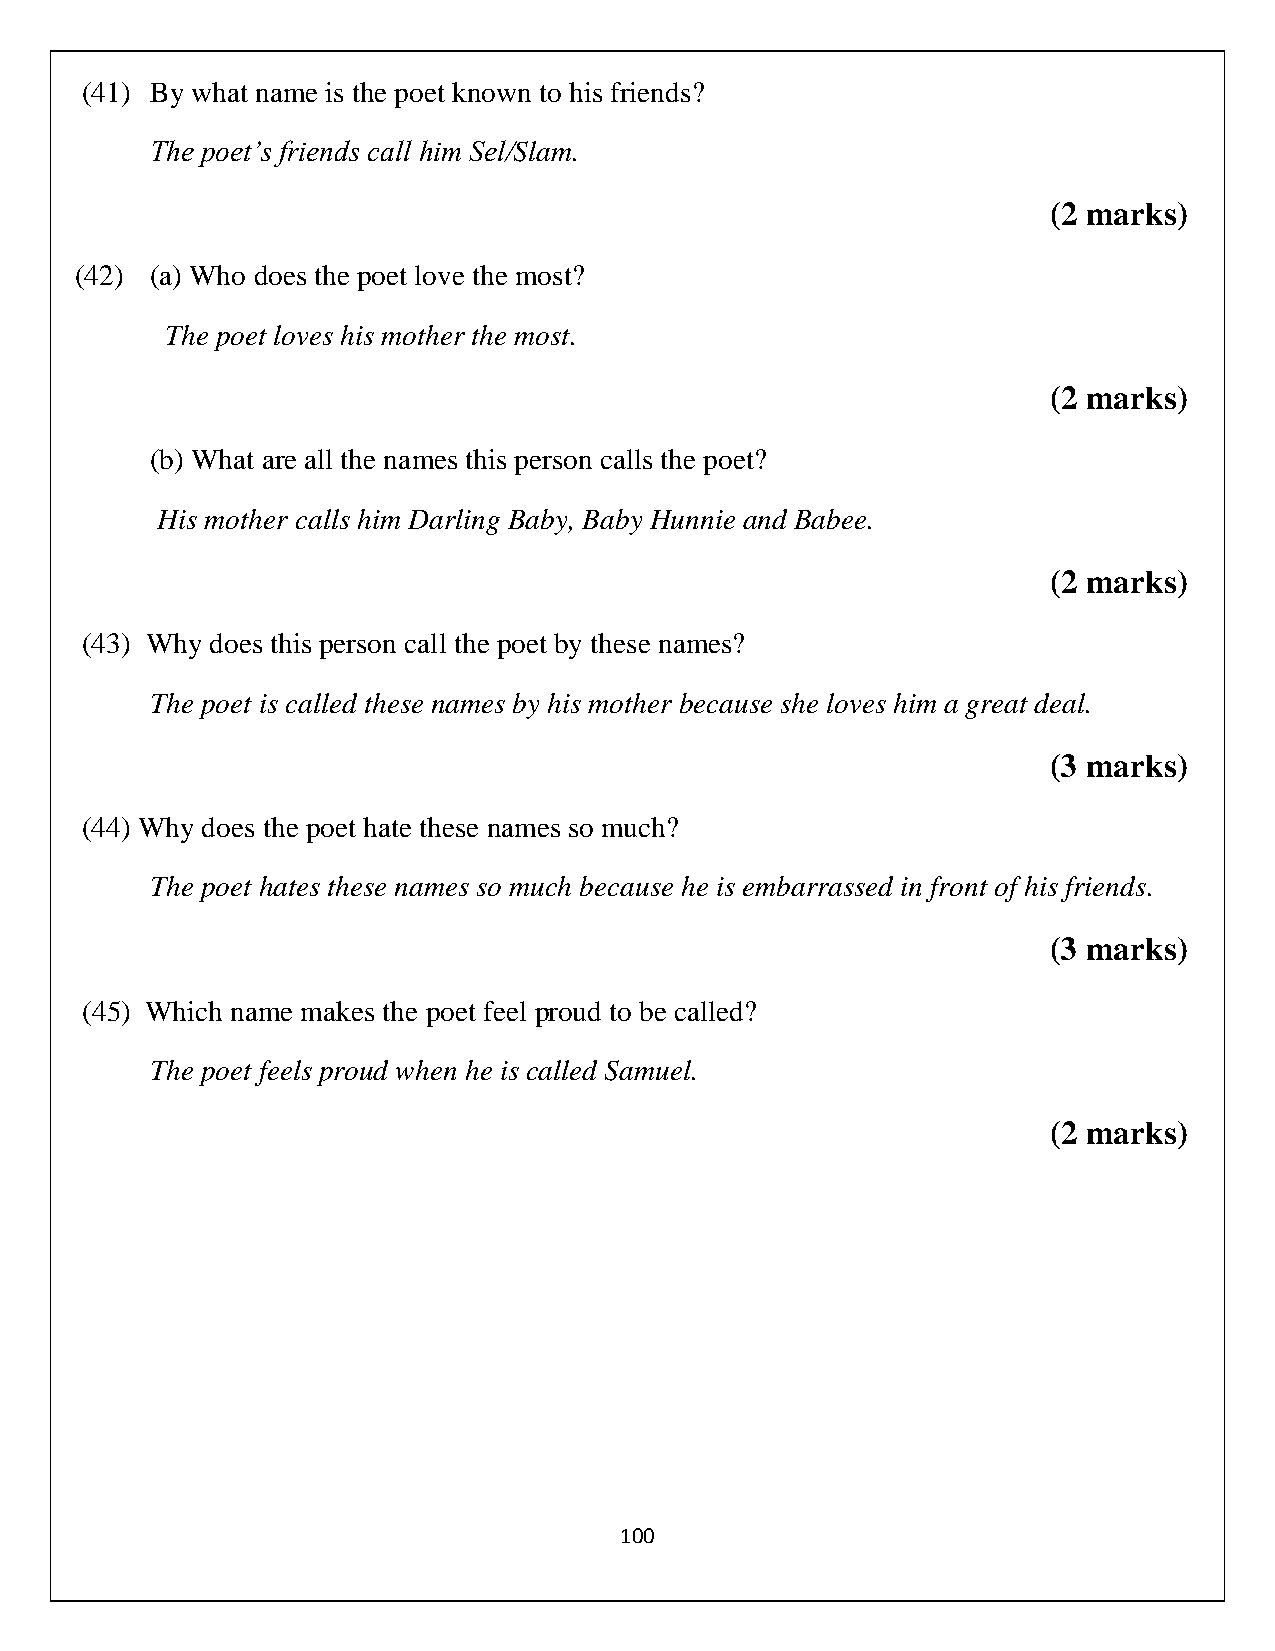
(41) By what name is the poet known to his friends?
 The poet’s friends call him Sel/Slam.
 (2 marks)
 (42) (a) Who does the poet love the most?
 The poet loves his mother the most.
 (2 marks)
 (b) What are all the names this person calls the poet?
 His mother calls him Darling Baby, Baby Hunnie and Babee.
 (2 marks)
 (43) Why does this person call the poet by these names?
 The poet is called these names by his mother because she loves him a great deal.
 (3 marks)
 (44) Why does the poet hate these names so much?
 The poet hates these names so much because he is embarrassed in front of his friends.
 (3 marks)
 (45) Which name makes the poet feel proud to be called?
 The poet feels proud when he is called Samuel.
 (2 marks)
 100